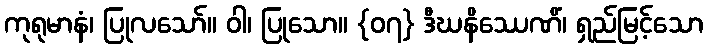
ကုရုမာနံ၊ ပြုလသော်။ ဝါ၊ ပြုသော။ {၀၇} ဒီဃနိဿေဏိံ၊ ရှည်မြင့်သော